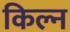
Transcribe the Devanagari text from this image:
किल्न